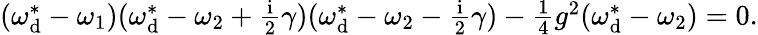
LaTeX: \begin{array}{r}{(\omega_{\mathrm{d}}^{*}-\omega_{1})(\omega_{\mathrm{d}}^{*}-\omega_{2}+\frac{\mathrm{i}}{2}\gamma)(\omega_{\mathrm{d}}^{*}-\omega_{2}-\frac{\mathrm{i}}{2}\gamma)-\frac{1}{4}g^{2}(\omega_{\mathrm{d}}^{*}-\omega_{2})=0.}\end{array}